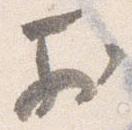
於